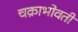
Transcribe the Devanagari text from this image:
चक्राभोवती